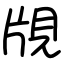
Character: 覑